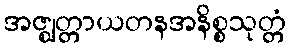
အဇ္ဈတ္တာယတနအနိစ္စသုတ္တံ